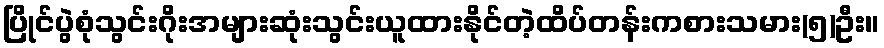
ပြိုင်ပွဲစုံသွင်းဂိုးအများဆုံးသွင်းယူထားနိုင်တဲ့ထိပ်တန်းကစားသမား(၅)ဦး။